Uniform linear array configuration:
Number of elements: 8
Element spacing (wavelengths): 0.25
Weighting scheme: cosine
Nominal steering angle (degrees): -30
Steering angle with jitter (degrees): -29.527
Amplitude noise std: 0.05
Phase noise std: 0.05

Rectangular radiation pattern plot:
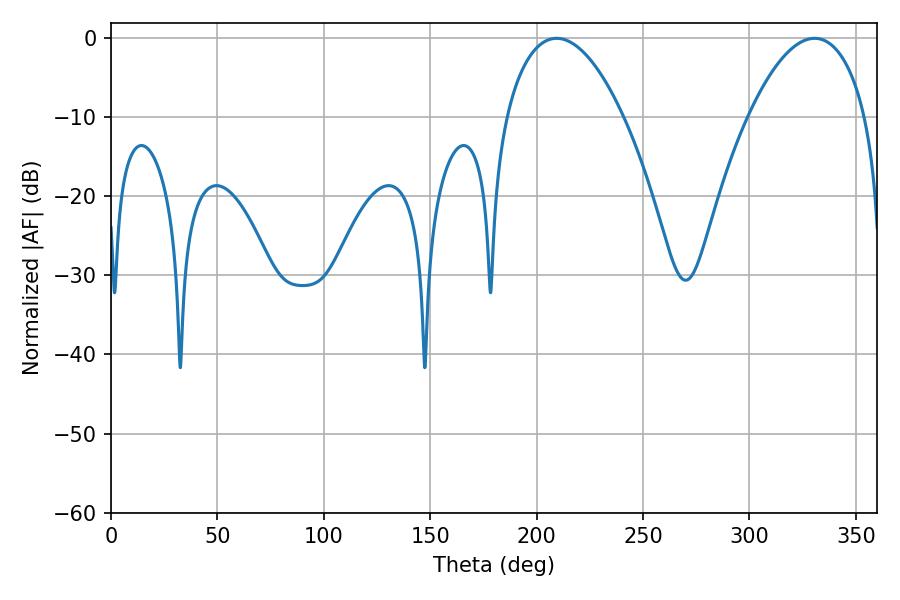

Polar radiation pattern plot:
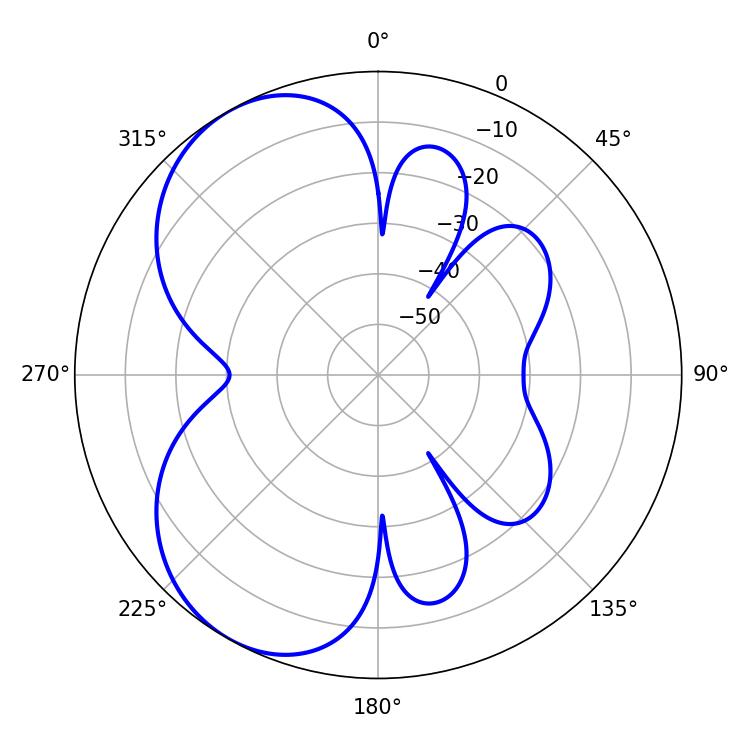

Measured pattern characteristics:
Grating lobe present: FALSE
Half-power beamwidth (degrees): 30.78
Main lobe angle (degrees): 209.34